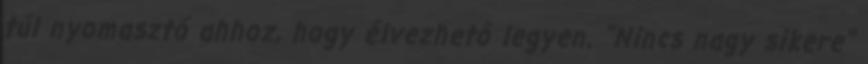
túl nyomasztó ahhoz, hogy élvezhető legyen. "Nincs nagy sikere"